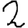
Digit: 2